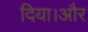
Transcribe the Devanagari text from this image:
दिया।और